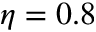
\eta = 0 . 8